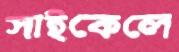
সাইকেলে